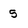
Character: 5